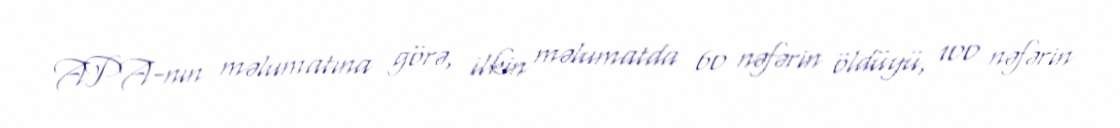
APA-nın məlumatına görə, ilkin məlumatda 60 nəfərin öldüyü, 100 nəfərin